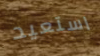
استعيد